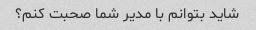
شاید بتوانم با مدیر شما صحبت کنم؟